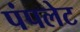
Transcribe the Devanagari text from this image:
पंपलेट